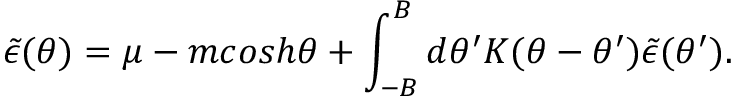
\tilde { \epsilon } ( \theta ) = \mu - m c o s h \theta + \int _ { - B } ^ { B } d \theta ^ { \prime } K ( \theta - \theta ^ { \prime } ) \tilde { \epsilon } ( \theta ^ { \prime } ) .